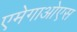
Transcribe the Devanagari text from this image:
एमेगाओएस